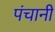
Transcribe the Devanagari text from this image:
पंचानी